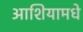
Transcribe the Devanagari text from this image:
आशियामधे